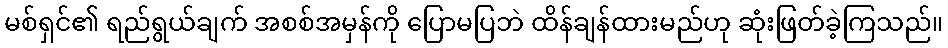
မစ်ရှင်၏ ရည်ရွယ်ချက် အစစ်အမှန်ကို ပြောမပြဘဲ ထိန်ချန်ထားမည်ဟု ဆုံးဖြတ်ခဲ့ကြသည်။